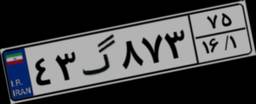
۴۳گ۸۷۳۷۵